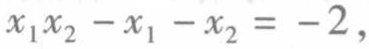
\(x_{1}x_{2}-x_{1}-x_{2}=-2,\)